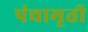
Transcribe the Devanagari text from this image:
पंचामृती